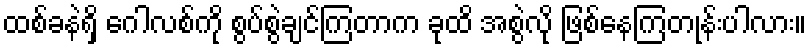
ထစ်ခနဲရှိ ဂေါလစ်ကို စွပ်စွဲချင်ကြတာက ခုထိ အစွဲလို ဖြစ်နေကြတုန်းပါလား။